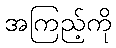
အကြည့်ကို